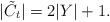
LaTeX: \begin{align*}|\tilde{C}_t|=2|Y|+1.\end{align*}